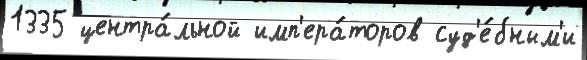
1335 центра́льной имп'ера́торов суд'е́бным'и